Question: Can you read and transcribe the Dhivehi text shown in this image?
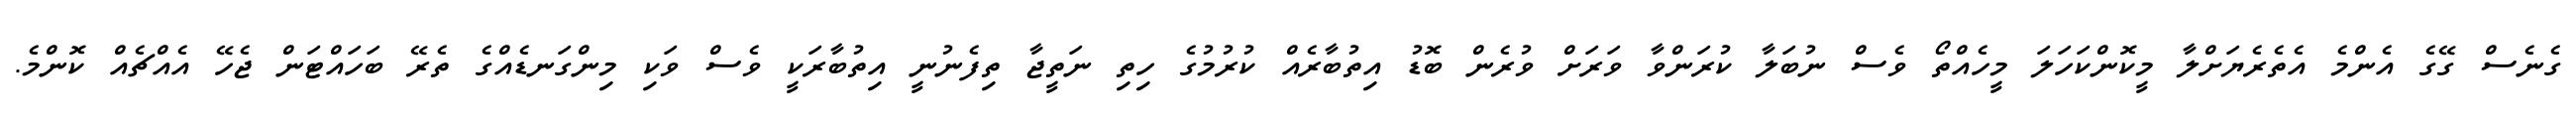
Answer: ގެނެސް ގޭގެ އެންމެ އެތެރެޔަށްލާ މީކޮންކަހަލަ މީހެއްތޯ ވެސް ނުބަލާ ކުރަންވާ ވަރަށް ވުރެން ބޮޑު އިތުބާރެއް ކުރުމުގެ ހިތި ނަތީޖާ ތިފެނުނީ އިތުބާރަކީ ވެސް ވަކި މިންގަނޑެއްގެ ތެރޭ ބަހައްޓަން ޖެހޭ އެއްޗެއް ކޮންމެ.